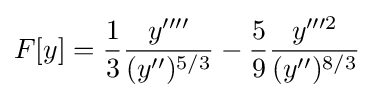
F[y]={\frac {1}{3}}{\frac {y''''}{(y'')^{5/3}}}-{\frac {5}{9}}{\frac {y'''^{2}}{(y'')^{8/3}}}